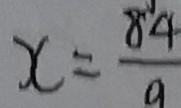
x = \frac { 8 4 } { 9 }